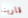
قاربنا